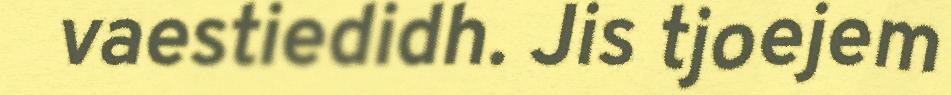
vaestiedidh. Jis tjoejem